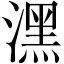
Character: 潶